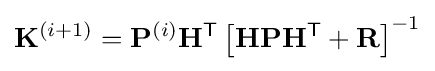
\mathbf {K} ^{(i+1)}=\mathbf {P} ^{(i)}\mathbf {H} ^{\textsf {T}}\left[\mathbf {H} \mathbf {P} \mathbf {H} ^{\textsf {T}}+\mathbf {R} \right]^{-1}